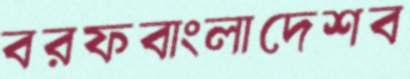
বরফবাংলাদেশব